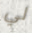
لي